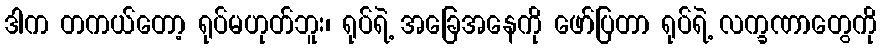
ဒါက တကယ်တော့ ရုပ်မဟုတ်ဘူး၊ ရုပ်ရဲ့ အခြေအနေကို ဖော်ပြတာ ရုပ်ရဲ့ လက္ခဏာတွေကို